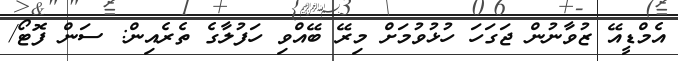
އެމްޑީއޭ ޒުވާނުން ޖަގަހަ ހުޅުވުމަށް މިރޭ ބޭއްވި ހަފުލާގެ ތެރެއިން: ސަން ފޮޓޯ/